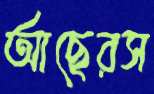
আছেরস